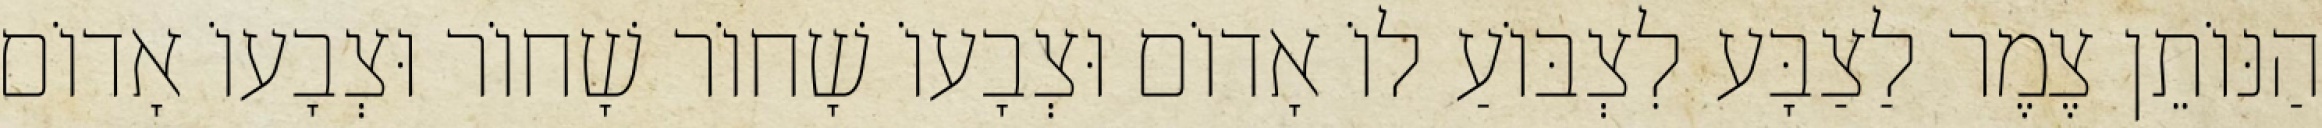
הַנּוֹתֵן צֶמֶר לַצַבָּע לִצְבּוֹעַ לוֹ אָדוֹם וּצְבָעוֹ שָׁחוֹר שָׁחוֹר וּצְבָעוֹ אָדוֹם